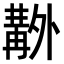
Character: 𠨊